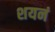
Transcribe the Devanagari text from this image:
शयनं